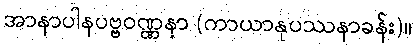
အာနာပါနပဗ္ဗဝဏ္ဏနာ (ကာယာနုပဿနာခန်း)။